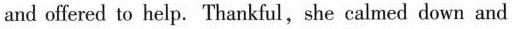
and offered to help. Thankful，she calmed down and